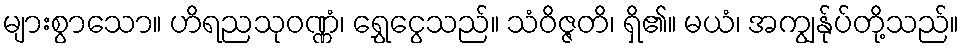
များစွာသော။ ဟိရညသုဝဏ္ဏံ၊ ရွှေငွေသည်။ သံဝိဇ္ဇတိ၊ ရှိ၏။ မယံ၊ အကျွန်ုပ်တို့သည်။